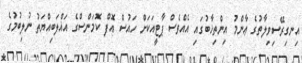
އިނގިރޭސިވިލާތުގެ ޢާންމު އިންތިޚާބުގައި އެއްވެސް ޕާޓީއަކަށް ހައުސް އޮފް ކޮމަންސްގެ އަޣްލަބިއްޔަތު ނުލިބުމުގެ